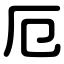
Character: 厄